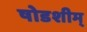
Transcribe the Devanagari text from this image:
षोडशीम्